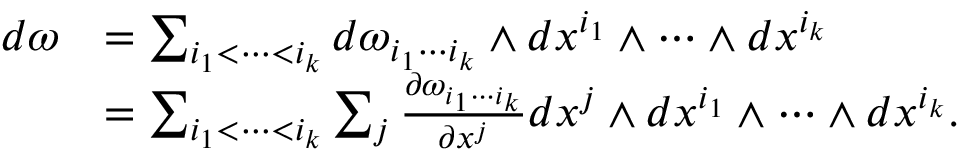
\begin{array} { r l } { d \omega } & { = \sum _ { i _ { 1 } < \cdots < i _ { k } } d \omega _ { i _ { 1 } \cdots i _ { k } } \wedge d x ^ { i _ { 1 } } \wedge \cdots \wedge d x ^ { i _ { k } } } \\ & { = \sum _ { i _ { 1 } < \cdots < i _ { k } } \sum _ { j } \frac { \partial \omega _ { i _ { 1 } \cdots i _ { k } } } { \partial x ^ { j } } d x ^ { j } \wedge d x ^ { i _ { 1 } } \wedge \cdots \wedge d x ^ { i _ { k } } . } \end{array}